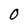
Character: 0